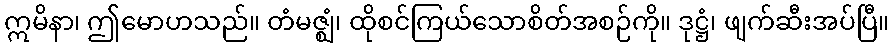
ဣမိနာ၊ ဤမောဟသည်။ တံမဇ္ဈံ၊ ထိုစင်ကြယ်သောစိတ်အစဉ်ကို။ ဒုဋ္ဌံ၊ ဖျက်ဆီးအပ်ပြီ။